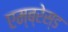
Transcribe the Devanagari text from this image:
एम्ब्रेस्ड